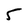
Character: 5